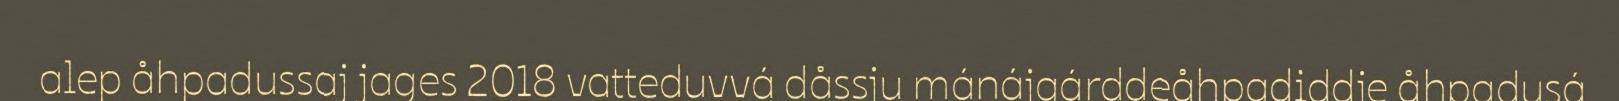
alep åhpadussaj jages 2018 vatteduvvá dåssju mánájgárddeåhpadiddje åhpadusá